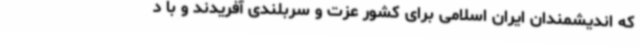
که اندیشمندان ایران اسلامی برای کشور عزت و سربلندی آفریدند و با د